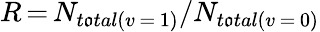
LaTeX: R\, {=}\, N_{t\mathfrak{o}tal(v\, {=}\, 1)}/N_{t\mathfrak{o}tal(v\, {=}\, 0)}